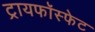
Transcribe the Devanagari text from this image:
ट्रायफॉस्फेट